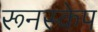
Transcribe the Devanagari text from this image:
रूनस्केप